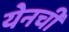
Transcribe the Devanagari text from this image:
येनची